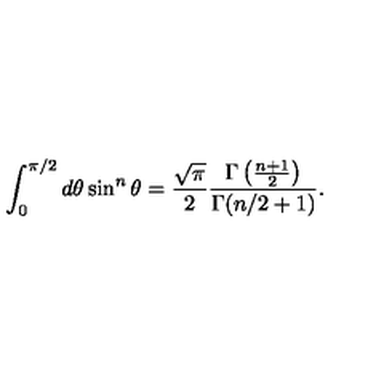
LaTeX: \int _ { 0 } ^ { \pi / 2 } d \theta \sin ^ { n } \theta = \frac { \sqrt { \pi } } { 2 } \frac { \Gamma \left( \frac { n + 1 } { 2 } \right) } { \Gamma ( n / 2 + 1 ) } .